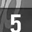
Digit: 5